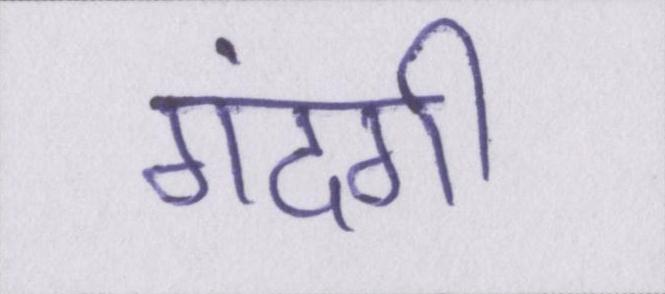
गंदगी